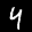
Label: 4